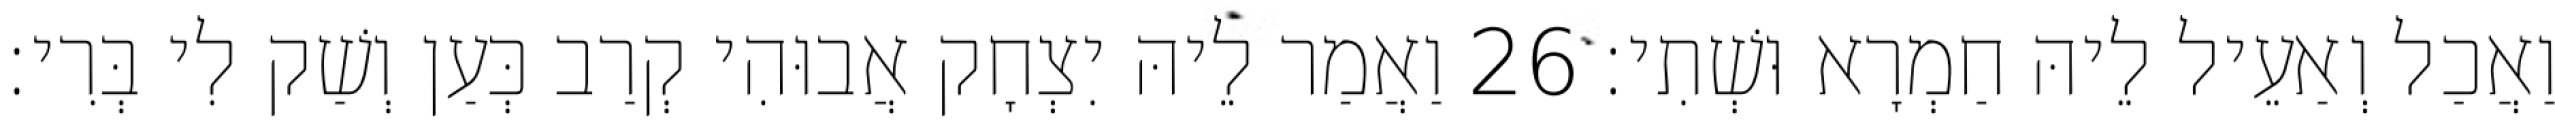
וַאֲכַל וְאַעֵיל לֵיהּ חַמְרָא וּשְׁתִי׃ 26 וַאֲמַר לֵיהּ יִצְחָק אֲבוּהִי קְרַב כְּעַן וְשַׁק לִי בְּרִי׃